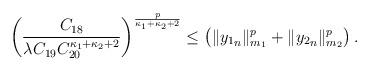
LaTeX: \begin{align*}\left( \frac{C_{18}}{\lambda C_{19} C_{20}^{\kappa_1 + \kappa_2 + 2}}\right)^{\frac{p}{\kappa_1 + \kappa_2 + 2}} \leq \left( \|{y_1}_n\|_{m_1}^{p} + \|{y_2}_n\|_{m_2}^{p}\right).\end{align*}